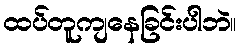
ထပ်တူကျနေခြင်းပါဘဲ။